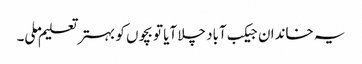
یہ خاندان جیکب آباد چلا آیا تو بچوں کو بہتر تعلیم ملی۔